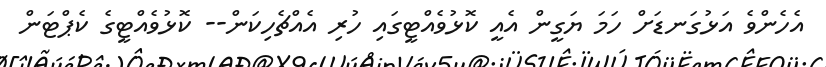
އެހެންވެ އަޅުގަނޑަށް ހަމަ ޔަގީން އެއީ ކޮޅުވެއްޓީގައި ހުރި އެއްޗެހިކަން-- ކޮޅުވެއްޓީގެ ކެޕްޓަން